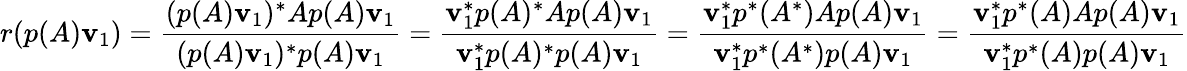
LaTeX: r(p(A)\mathbf{v}_{1})={\frac{{(p(A)\mathbf{v}_{1})^{*}Ap(A)\mathbf{v}_{1}}}{{(p(A)\mathbf{v}_{1})^{*}p(A)\mathbf{v}_{1}}}}={\frac{{\mathbf{v}_{1}^{*}p(A)^{*}Ap(A)\mathbf{v}_{1}}}{{\mathbf{v}_{1}^{*}p(A)^{*}p(A)\mathbf{v}_{1}}}}={\frac{{\mathbf{v}_{1}^{*}p^{*}(A^{*})Ap(A)\mathbf{v}_{1}}}{{\mathbf{v}_{1}^{*}p^{*}(A^{*})p(A)\mathbf{v}_{1}}}}={\frac{{\mathbf{v}_{1}^{*}p^{*}(A)Ap(A)\mathbf{v}_{1}}}{{\mathbf{v}_{1}^{*}p^{*}(A)p(A)\mathbf{v}_{1}}}}